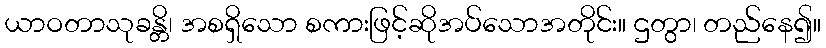
ယာဝတာသုခန္တိ၊ အစရှိသော စကားဖြင့်ဆိုအပ်သောအတိုင်း။ ဌတွာ၊ တည်နေ၍။